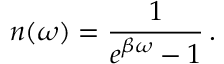
n ( \omega ) = { \frac { 1 } { e ^ { \beta \omega } - 1 } } \, .